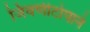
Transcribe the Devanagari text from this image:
जिवणीटोपाने